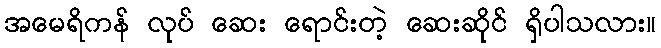
အမေရိကန် လုပ် ဆေး ရောင်းတဲ့ ဆေးဆိုင် ရှိပါသလား။